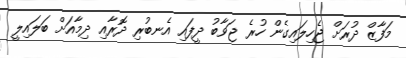
މަފާޒް ދުރަށް ޖެހިލައިގެން ހުރެ ޖަވާބު ދީފައި އެނބުރި ދޮރާއި ދިމާއަށް ބަލައިލީ